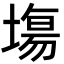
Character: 塲